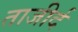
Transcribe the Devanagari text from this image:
ताजीर्द